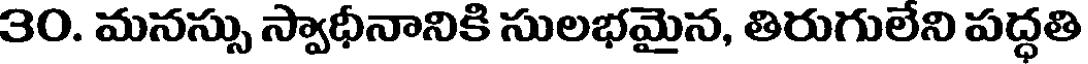
30. మనస్సు స్వాధీనానికి సులభమైన, తిరుగులేని పద్ధతి